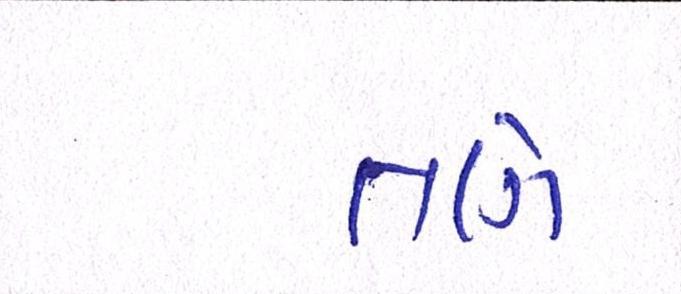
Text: તણે